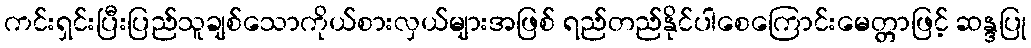
ကင်းရှင်းပြီးပြည်သူချစ်သောကိုယ်စားလှယ်များအဖြစ် ရည်တည်နိုင်ပါစေကြောင်းမေတ္တာဖြင့် ဆန္ဒပြု